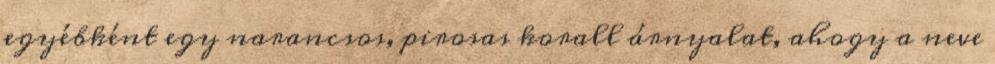
egyébként egy narancsos, pirosas korall árnyalat, ahogy a neve